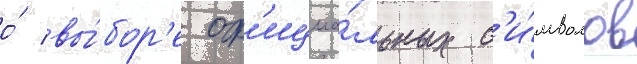
о́ вы́бор'е оф'ициа́льных с'и́мволов